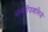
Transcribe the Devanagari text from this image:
भारतीयवासियों